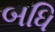
બધિ